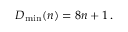
D _ { \mathrm { m i n } } ( n ) = 8 n + 1 \, .